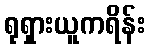
ရုရှားယူကရိန်း